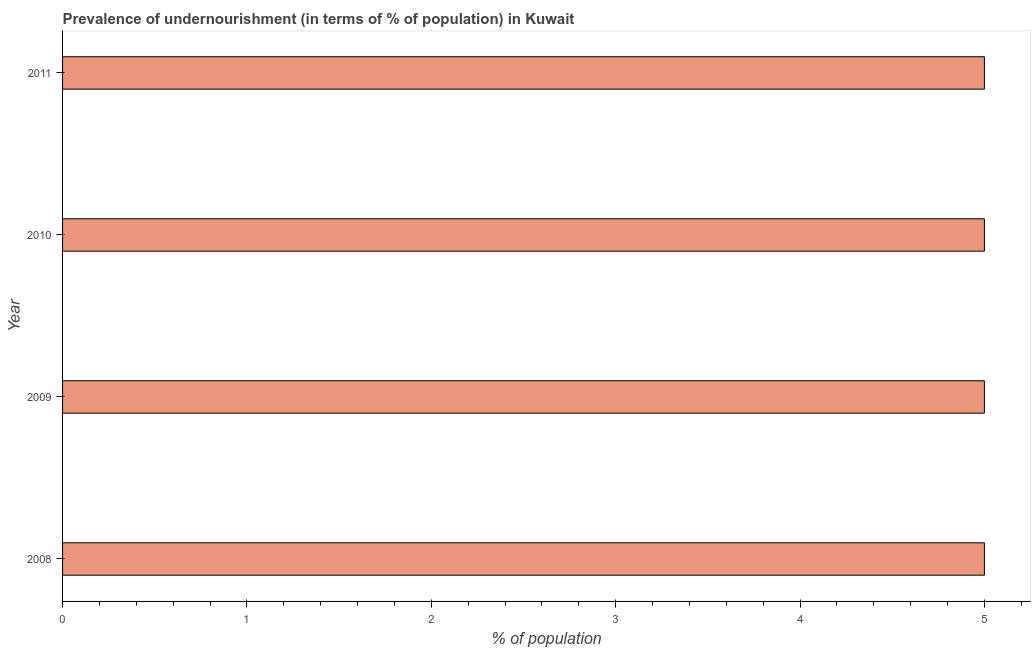
| Year | Prevalence of undernourishment |
 | --- | --- |
 | 2008 | 5 |
 | 2009 | 5 |
 | 2010 | 5 |
 | 2011 | 5 |